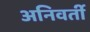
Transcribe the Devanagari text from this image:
अनिवर्ती